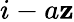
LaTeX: i-a\mathbf{z}